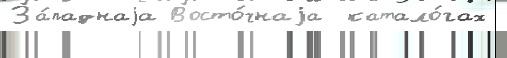
За́паднаjа Восто́чнаjа  катало́гах